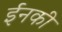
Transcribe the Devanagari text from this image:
ईनकी